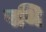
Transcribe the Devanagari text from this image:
पथि